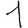
Digit: 1